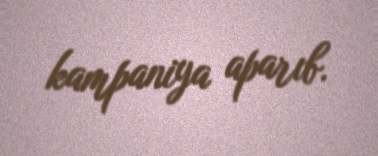
kampaniya aparıb.